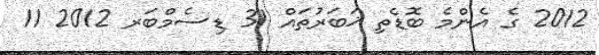
2012 ގެ އެންމެ ބޮޑެތި ޚަބަރުތައް 31 ޑިސެމްބަރ 2012 11